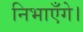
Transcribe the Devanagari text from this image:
निभाएँगे।